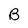
Character: B